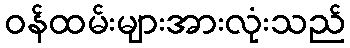
ဝန်ထမ်းများအားလုံးသည်